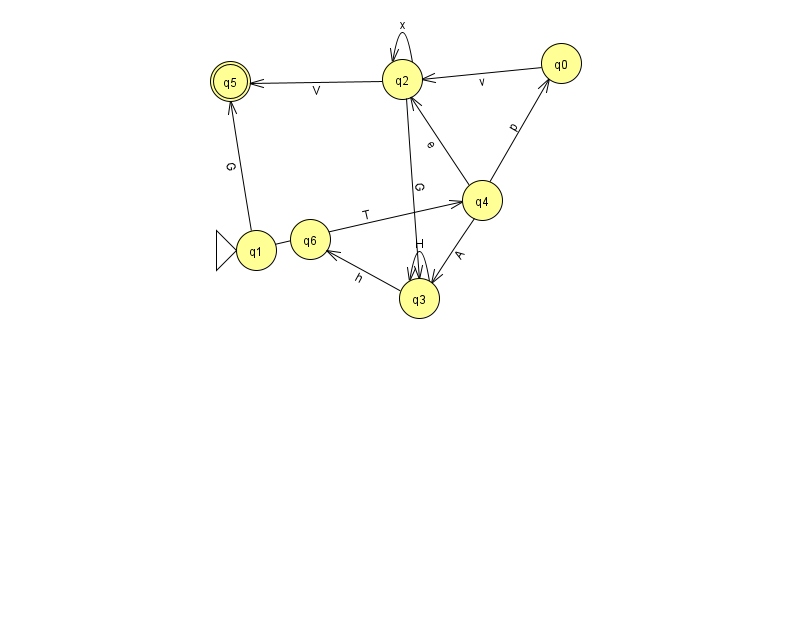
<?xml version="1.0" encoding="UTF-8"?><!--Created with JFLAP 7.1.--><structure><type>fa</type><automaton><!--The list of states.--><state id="0" name="q0"><x>561.0</x><y>50.0</y></state><state id="1" name="q1"><x>256.0</x><y>237.0</y><initial/></state><state id="2" name="q2"><x>402.0</x><y>66.0</y></state><state id="3" name="q3"><x>419.0</x><y>285.0</y></state><state id="4" name="q4"><x>482.0</x><y>187.0</y></state><state id="5" name="q5"><x>230.0</x><y>68.0</y><final/></state><state id="6" name="q6"><x>310.0</x><y>226.0</y></state><!--The list of transitions.--><transition><from>0</from><to>2</to><read>v</read></transition><transition><from>2</from><to>5</to><read>V</read></transition><transition><from>3</from><to>6</to><read>h</read></transition><transition><from>4</from><to>0</to><read>p</read></transition><transition><from>4</from><to>2</to><read>e</read></transition><transition><from>1</from><to>5</to><read>G</read></transition><transition><from>2</from><to>2</to><read>x</read></transition><transition><from>3</from><to>3</to><read>H</read></transition><transition><from>4</from><to>3</to><read>A</read></transition><transition><from>1</from><to>4</to><read>T</read></transition><transition><from>2</from><to>3</to><read>G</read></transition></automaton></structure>